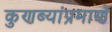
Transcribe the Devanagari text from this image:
कुणब्यांप्रमाणें